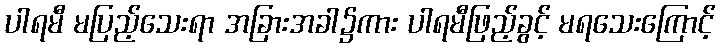
ပါရမီ မပြည့်သေးရာ အခြားအခါ၌ကား ပါရမီဖြည့်ခွင့် မရသေးကြောင့်